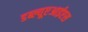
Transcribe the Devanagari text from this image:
डब्ल्यूएआईएस